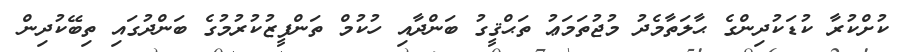
ކުށްކުރާ ކުޑަކުދިންގެ ޙާލަތާމެދު މުޖުތަމަޢު ތަޙްޤީގު ބަންދާއި ހުކުމް ތަންފީޒުކުރުމުގެ ބަންދުގައި ތިބޭކުދިން